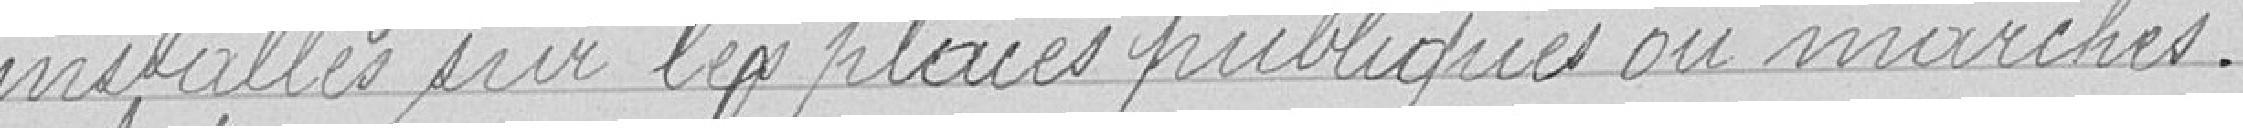
installés sur les places publiques ou marchés.